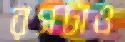
রসটাও